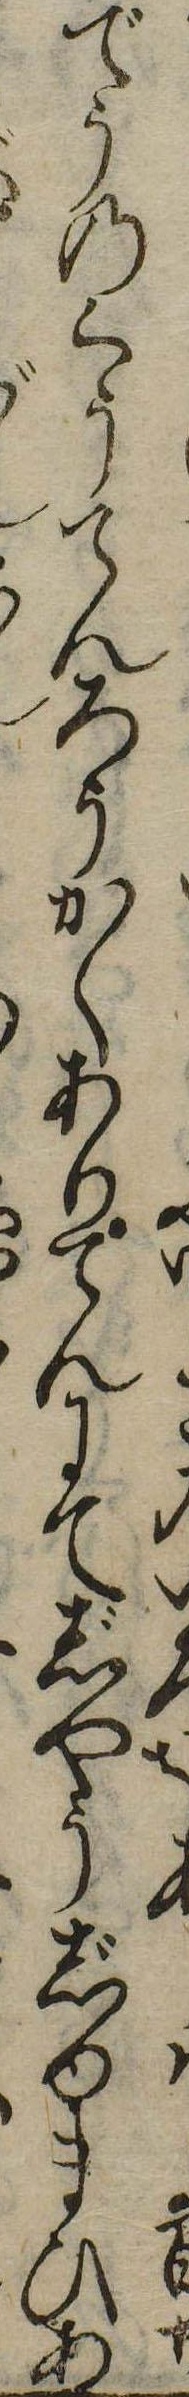
でうのくうてんろうかくありてんにてじやうじゆまひあ